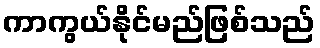
ကာကွယ်နိုင်မည်ဖြစ်သည်